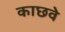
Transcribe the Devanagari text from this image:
काछवे